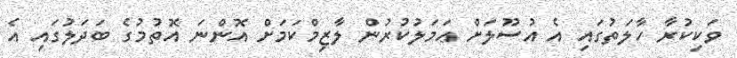
ވަކިކުރާ ހާލަތުގައި އެ އުސޫލަށް ޢަމަލުކުރުން ލާޒިމްކަމަށް އޮންނަ އޮތުމުގެ ބަދަލުގައި އެ